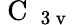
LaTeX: \mathrm{~C~}_{\mathrm{~3~v~}}